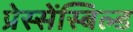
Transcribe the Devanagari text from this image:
प्रेस्सेंस्बिल्ड